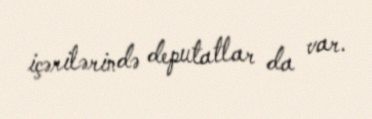
içərilərində deputatlar da var.